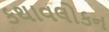
કથાવલોકન